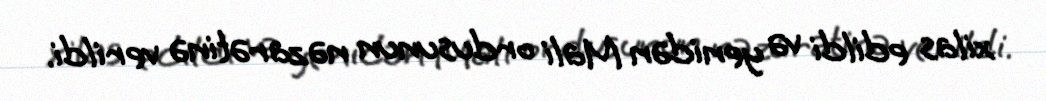
xilas edildi və yenidən Mali ordusunun nəzarətinə verildi.